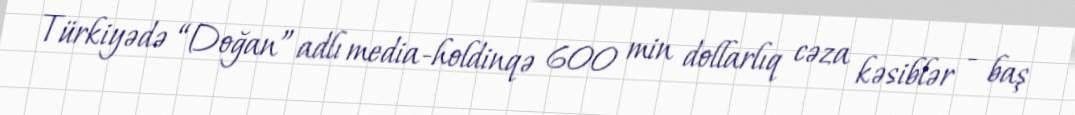
Türkiyədə “Doğan” adlı media-holdinqə 600 min dollarlıq cəza kəsiblər - baş